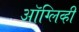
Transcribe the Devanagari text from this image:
ऑग्लिव्ही